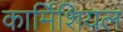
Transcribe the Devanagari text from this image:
कार्मिशियल